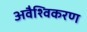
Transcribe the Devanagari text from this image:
अवैश्विकरण